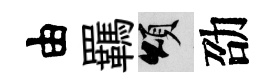
由羈頌劭